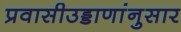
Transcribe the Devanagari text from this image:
प्रवासीउड्डाणांनुसार